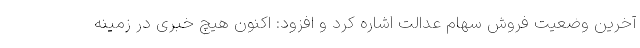
آخرین وضعیت فروش سهام عدالت اشاره کرد و افزود: اکنون هیچ خبری در زمینه